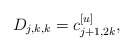
\begin{align*}D_{j,k,k} = c_{j+1,2k}^{[u]},\end{align*}